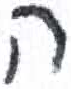
אות: ה